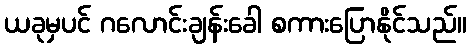
ယခုမှပင် ဂလောင်းချန်းခေါ စကားပြောနိုင်သည်။